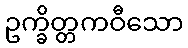
ဥက္ခိတ္တကဝီသော